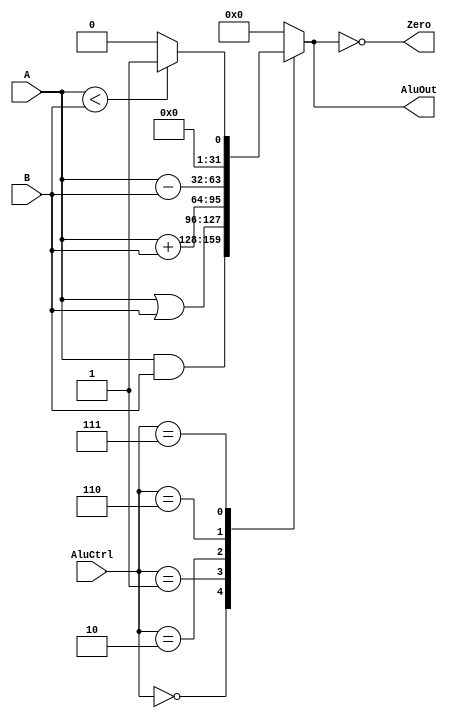
module  ALU(AluCtrl, A, B, AluOut, Zero);
  input [31:0] A, B;
  input [2:0] AluCtrl;    
  output reg [31:0] AluOut;
  output wire Zero;
  
  assign Zero =  (AluOut==0); //zero set if AluOut == 0
  
  always@*
    begin
   	  case ( AluCtrl )	 
      	3'b000 : AluOut = (A & B); // and AluCtrl 000   
      	3'b001 : AluOut = (A | B); // or AluCtrl 000   
      	3'b010 : AluOut = A + B;  // add AluCtrl 010
      	3'b110 : AluOut = A - B; // sub AluCtrl 110
      	3'b111 : AluOut = (A < B) ? 32'b1 : 32'b0; // SLT //$s < $t  
   	    default: AluOut = 32'b0;
   	  endcase
    end
endmodule